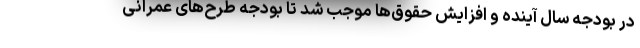
در بودجه سال آینده و افزایش حقوق‌ها موجب شد تا بودجه طرح‌های عمرانی